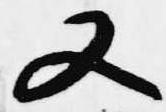
又